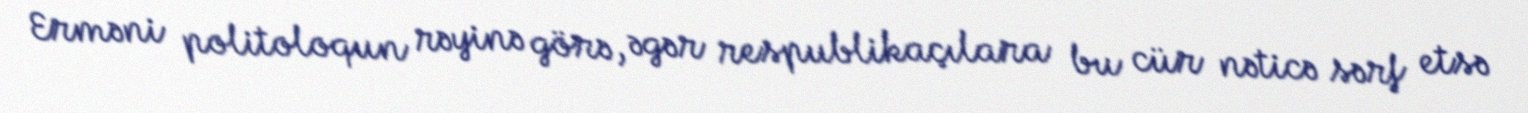
Erməni politoloqun rəyinə görə, əgər respublikaçılara bu cür nəticə sərf etsə